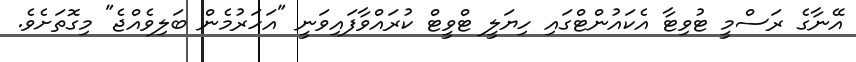
އޭނާގެ ރަސްމީ ޓުވިޓާ އެކައުންޓްގައި ހިޔަލީ ޓްވީޓް ކުރައްވާފައިވަނީ "އަހަރުމެން ބަލިވެއްޖެ" މިގޮތަށެވެ.